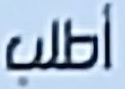
أطلب